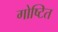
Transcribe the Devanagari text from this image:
गोष्टित